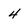
Character: 4